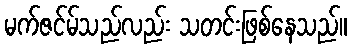
မက်ဇင်မ်သည်လည်း သတင်းဖြစ်နေသည်။